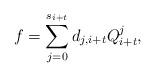
LaTeX: \begin{align*}f=\sum\limits_{j=0}^{s_{i+t}}d_{j,i+t}Q_{i+t}^j,\end{align*}